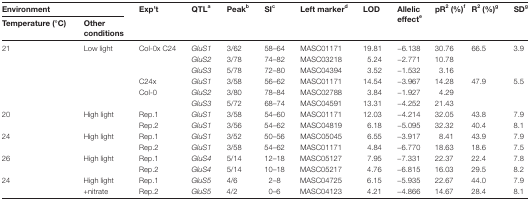
<table><thead><tr><td colspan="2"><b>Environment</b></td><td rowspan="2"><b>Exp’t</b></td><td><b>QTL<sup>a</sup></b></td><td rowspan="2"><b>Peak<sup>b</sup></b></td><td rowspan="2"><b>SI<sup>c</sup></b></td><td rowspan="2"><b>Left marker<sup>d</sup></b></td><td rowspan="2"><b>LOD</b></td><td rowspan="2"><b>Allelic effect<sup>e</sup></b></td><td rowspan="2"><b>pR<sup>2</sup>(%)<sup>f</sup></b></td><td rowspan="2"><b>R<sup>2</sup>(%)<sup>g</sup></b></td><td rowspan="2"><b>SD<sup>g</sup></b></td></tr><tr><td><b>Temperature (°C)</b></td><td><b>Other conditions</b></td><td></td></tr></thead><tbody><tr><td>21</td><td>Low light</td><td>Col-0x C24</td><td><i>GluS1</i><i>GluS2</i><i>GluS3</i></td><td>3/623/785/78</td><td>58–6474–8272–80</td><td>MASC01171MASC03218MASC04394</td><td>19.815.243.52</td><td>−6.138−2.771−1.532</td><td>30.7610.783.16</td><td>66.5</td><td>3.9</td></tr><tr><td></td><td></td><td>C24xCol-0</td><td><i>GluS1</i><i>GluS2</i><i>GluS3</i></td><td>3/583/805/72</td><td>56–6278–8468–74</td><td>MASC01171MASC02788MASC04591</td><td>14.543.8413.31</td><td>−3.967−1.927−4.252</td><td>14.284.2921.43</td><td>47.9</td><td>5.5</td></tr><tr><td>20</td><td>High light</td><td>Rep.1</td><td><i>GluS1</i></td><td>3/58</td><td>54–60</td><td>MASC01171</td><td>12.03</td><td>−4.214</td><td>32.05</td><td>43.8</td><td>7.9</td></tr><tr><td></td><td></td><td>Rep.2</td><td><i>GluS1</i></td><td>3/56</td><td>54–62</td><td>MASC04819</td><td>6.18</td><td>−5.095</td><td>32.32</td><td>40.4</td><td>8.1</td></tr><tr><td>24</td><td>High light</td><td>Rep.1</td><td><i>GluS1</i></td><td>3/52</td><td>50–56</td><td>MASC05045</td><td>6.55</td><td>−3.917</td><td>8.41</td><td>43.9</td><td>7.9</td></tr><tr><td></td><td></td><td>Rep.2</td><td><i>GluS1</i></td><td>3/58</td><td>54–62</td><td>MASC01171</td><td>4.84</td><td>−6.770</td><td>18.63</td><td>18.6</td><td>7.5</td></tr><tr><td>26</td><td>High light</td><td>Rep.1</td><td><i>GluS4</i></td><td>5/14</td><td>12–18</td><td>MASC05127</td><td>7.95</td><td>−7.331</td><td>22.37</td><td>22.4</td><td>7.8</td></tr><tr><td></td><td></td><td>Rep.2</td><td><i>GluS4</i></td><td>5/14</td><td>10–18</td><td>MASC05217</td><td>4.76</td><td>−6.815</td><td>16.03</td><td>29.5</td><td>8.2</td></tr><tr><td>24</td><td>High light</td><td>Rep.1</td><td><i>GluS5</i></td><td>4/6</td><td>2–8</td><td>MASC04725</td><td>6.15</td><td>−5.935</td><td>22.67</td><td>44.0</td><td>7.9</td></tr><tr><td></td><td>+nitrate</td><td>Rep.2</td><td><i>GluS5</i></td><td>4/2</td><td>0–6</td><td>MASC04123</td><td>4.21</td><td>−4.866</td><td>14.67</td><td>28.4</td><td>8.1</td></tr></tbody></table>